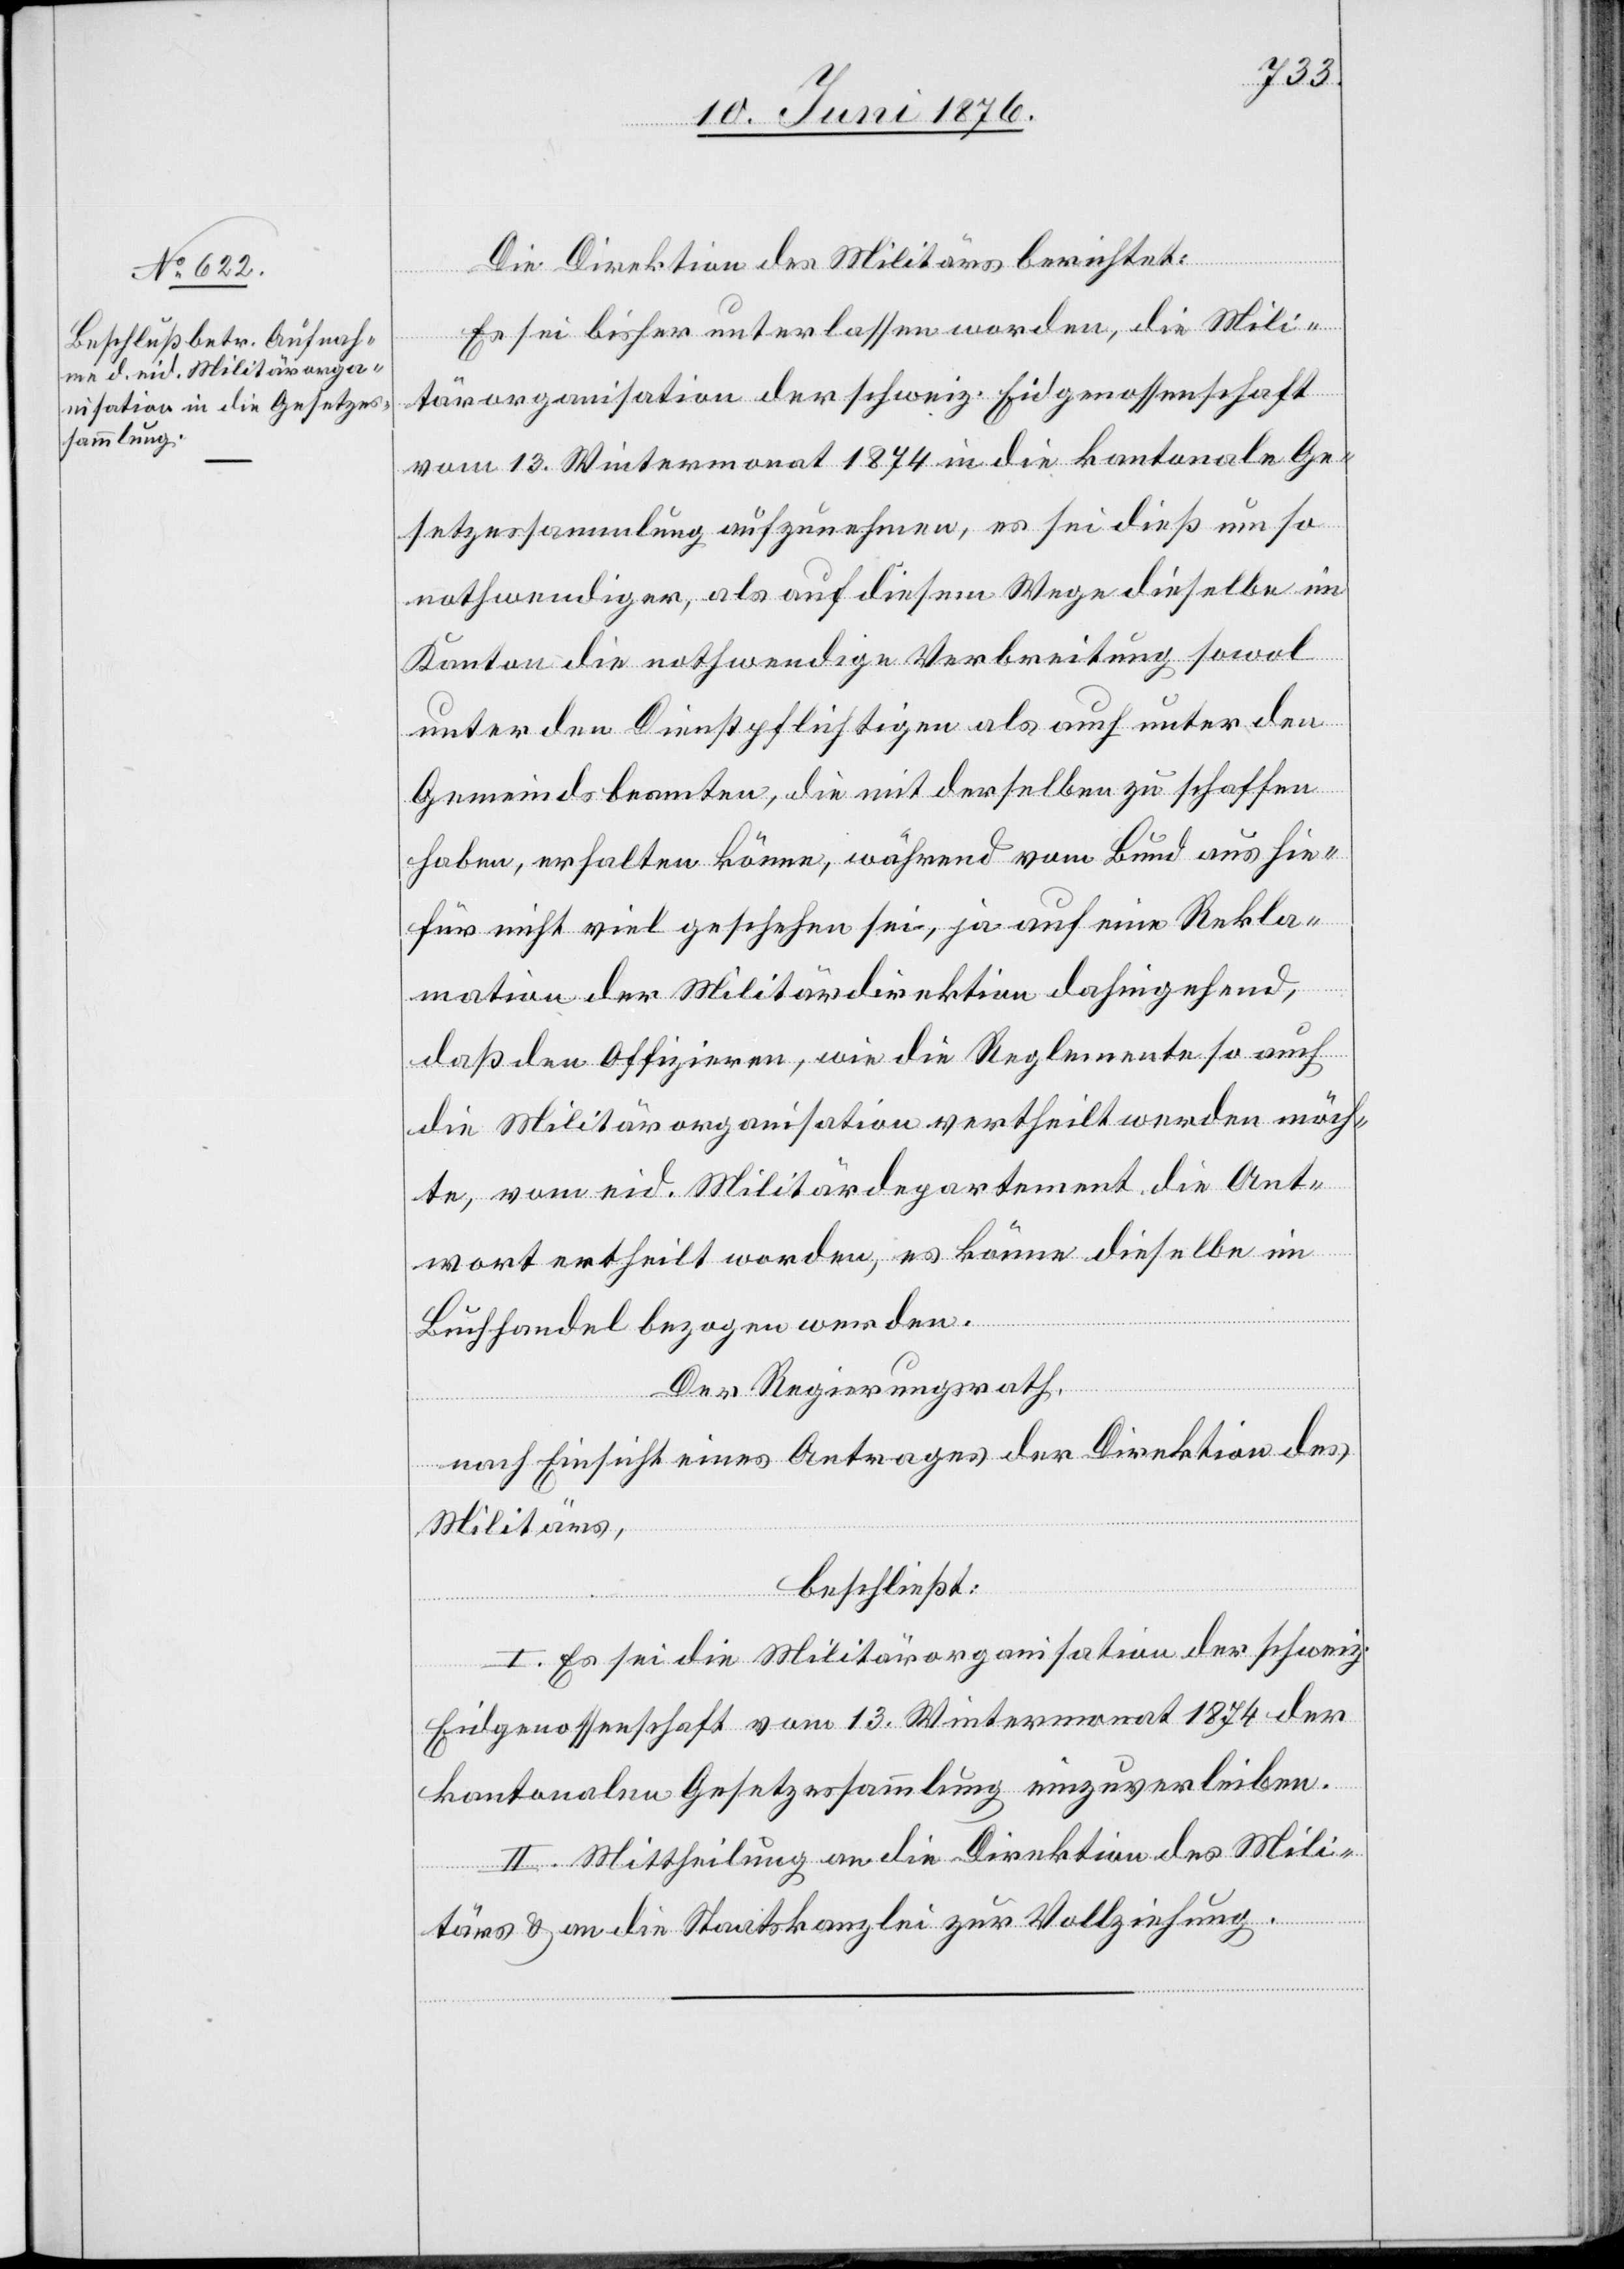
Die Direktion des Militärs berichtet:
Es sei bisher unterlassen worden, die Mili¬
tärorganisation der schweiz. Eidgenossenschaft
vom 13. Wintermonat 1874 in die kantonale Ge¬
setzessammlung aufzunehmen, es sei dies um so
nothwendiger, al sauf diesem Wege dieselbe im
Kanton die nothwendige Verbreitung sowol
unter den Dienstpflichtigen als auch unter den
Gemeindsbeamten, die mit derselben zu schaffen
haben, erhalten könne, während vom Bund aus hie¬
für nicht viel geschehen sei, ja auf eine Rekla¬
mation der Militärdirektion dahingehend,
das den Offizieren, wie die Reglemente so auch
die Militärorganisation vertheilt werden möch¬
te, vom eid. Militärdepartement die Ant¬
wort ertheilt worden, es könne dieselbe im
Buchhandel bezogen werden.
Der Regierungsrath,
nach Einsicht eines Antrages der Direktion des
Militärs,
beschließt:
I. Es sei die Militärorganisation der schweiz.
Eidgenossenschaft vom 13. Wintermonat 1874 der
kantonalen Gesetzessammlung einzuverleiben.
II. Mittheilung an die Direktion des Mili¬
tärs & an die Staatskanzlei zur Vollziehung.